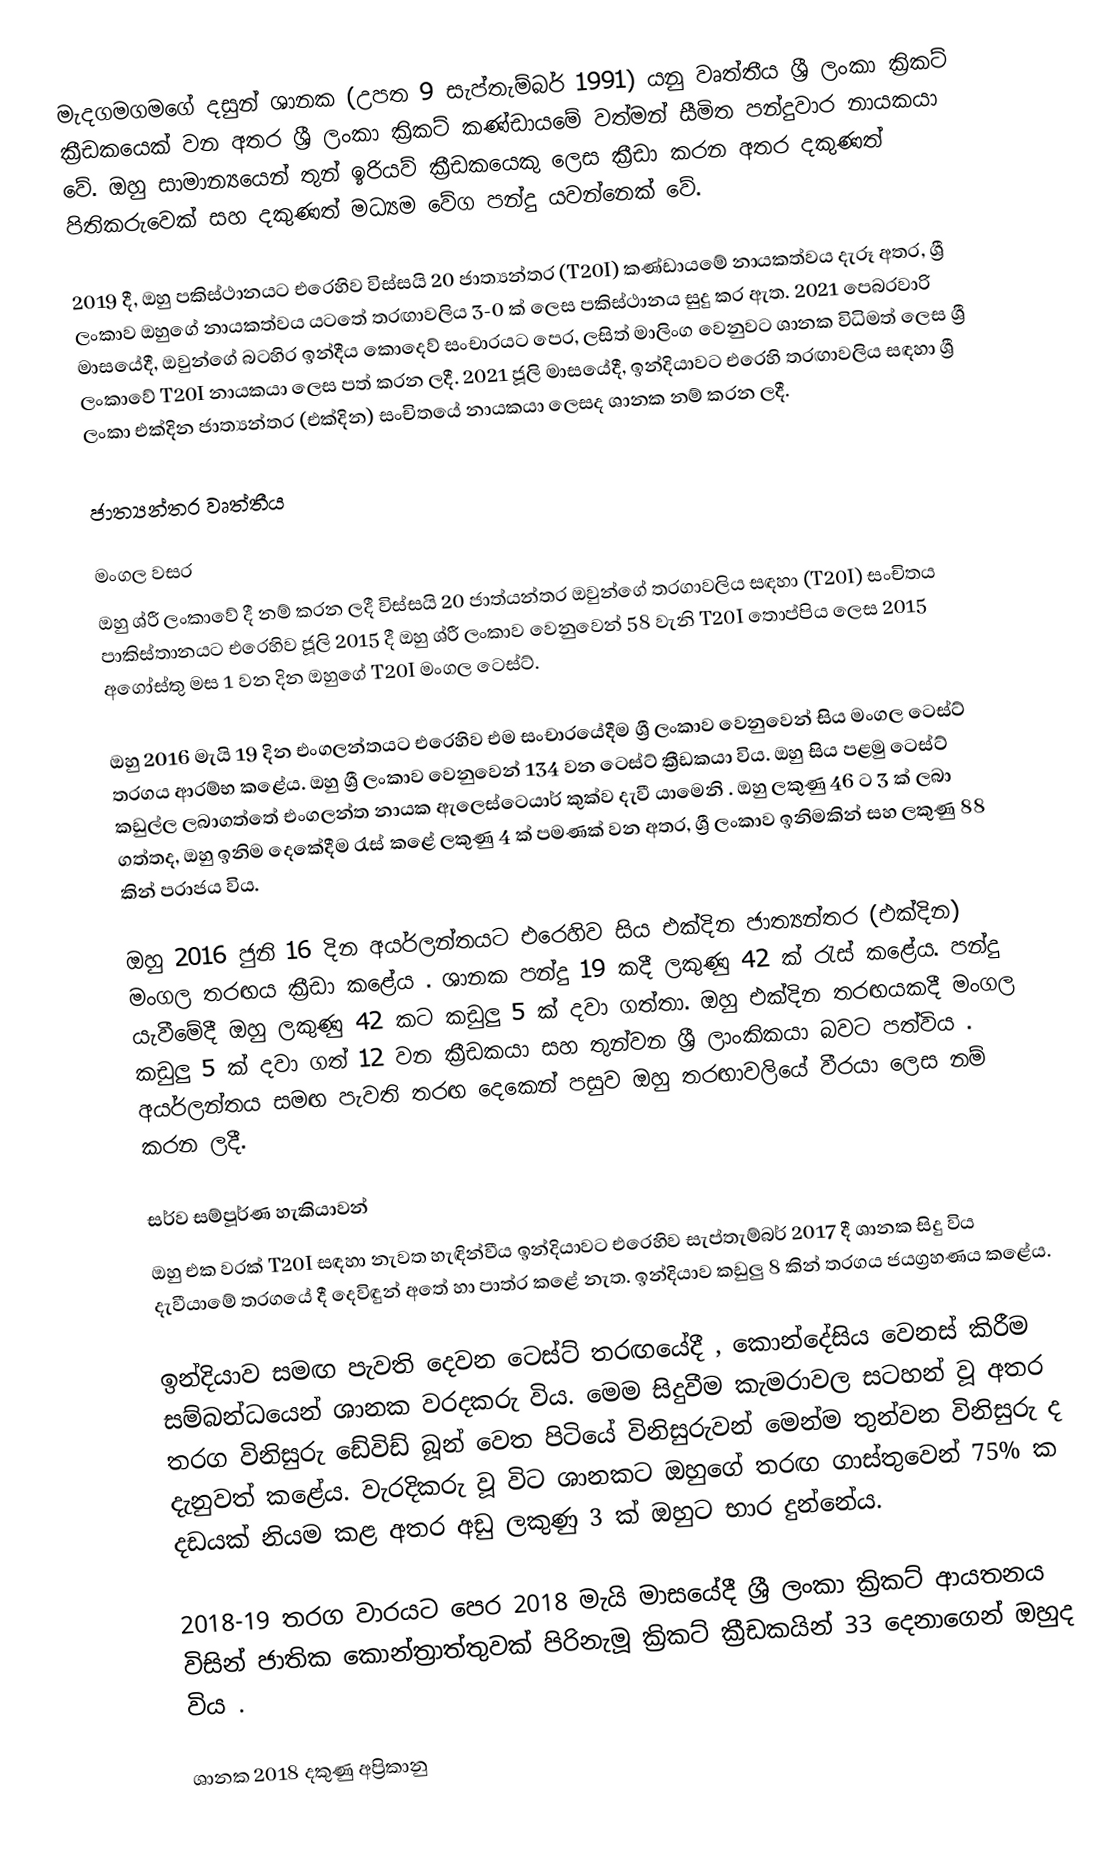
මැදගමගමගේ දසුන් ශානක (උපත 9 සැප්තැම්බර් 1991) යනු වෘත්තීය ශ්‍රී ලංකා ක්‍රිකට් ක්‍රීඩකයෙක් වන අතර ශ්‍රී ලංකා ක්‍රිකට් කණ්ඩායමේ වත්මන් සීමිත පන්දුවාර නායකයා වේ.  ඔහු සාමාන්‍යයෙන් තුන් ඉරියව් ක්‍රීඩකයෙකු ලෙස ක්‍රීඩා කරන අතර දකුණත් පිතිකරුවෙක් සහ දකුණත් මධ්‍යම වේග පන්දු යවන්නෙක් වේ.

2019 දී, ඔහු පකිස්ථානයට එරෙහිව විස්සයි 20 ජාත්‍යන්තර (T20I) කණ්ඩායමේ නායකත්වය දැරූ අතර, ශ්‍රී ලංකාව ඔහුගේ නායකත්වය යටතේ තරඟාවලිය 3-0 ක් ලෙස පකිස්ථානය සුදු කර ඇත.  2021 පෙබරවාරි මාසයේදී, ඔවුන්ගේ බටහිර ඉන්දීය කොදෙව් සංචාරයට පෙර, ලසිත් මාලිංග වෙනුවට ශානක විධිමත් ලෙස ශ්‍රී ලංකාවේ T20I නායකයා ලෙස පත් කරන ලදී.  2021 ජූලි මාසයේදී, ඉන්දියාවට එරෙහි තරඟාවලිය සඳහා ශ්‍රී ලංකා එක්දින ජාත්‍යන්තර (එක්දින) සංචිතයේ නායකයා ලෙසද ශානක නම් කරන ලදී.

ජාත්‍යන්තර වෘත්තීය

මංගල වසර
ඔහු ශ්රී ලංකාවේ දී නම් කරන ලදී විස්සයි 20 ජාත්යන්තර ඔවුන්ගේ තරගාවලිය සඳහා (T20I) සංචිතය පාකිස්තානයට එරෙහිව ජූලි 2015 දී  ඔහු ශ්රී ලංකාව වෙනුවෙන් 58 වැනි T20I තොප්පිය ලෙස 2015 අගෝස්තු මස 1 වන දින ඔහුගේ T20I මංගල ටෙස්ට්.

ඔහු 2016 මැයි 19 දින එංගලන්තයට එරෙහිව එම සංචාරයේදීම ශ්‍රී ලංකාව වෙනුවෙන් සිය මංගල ටෙස්ට් තරගය ආරම්භ කළේය.  ඔහු ශ්‍රී ලංකාව වෙනුවෙන් 134 වන ටෙස්ට් ක්‍රීඩකයා විය.  ඔහු සිය පළමු ටෙස්ට් කඩුල්ල ලබාගත්තේ එංගලන්ත නායක ඇලෙස්ටෙයාර් කුක්ව දැවී යාමෙනි . ඔහු ලකුණු 46 ට 3 ක් ලබා ගත්තද, ඔහු ඉනිම දෙකේදීම රැස් කළේ ලකුණු 4 ක් පමණක් වන අතර, ශ්‍රී ලංකාව ඉනිමකින් සහ ලකුණු 88 කින් පරාජය විය.

ඔහු 2016 ජුනි 16 දින අයර්ලන්තයට එරෙහිව සිය එක්දින ජාත්‍යන්තර (එක්දින) මංගල තරඟය ක්‍රීඩා කළේය . ශානක පන්දු 19 කදී ලකුණු 42 ක් රැස් කළේය. පන්දු යැවීමේදී ඔහු ලකුණු 42 කට කඩුලු 5 ක් දවා ගත්තා.  ඔහු එක්දින තරඟයකදී මංගල කඩුලු 5 ක් දවා ගත් 12 වන ක්‍රීඩකයා සහ තුන්වන ශ්‍රී ලාංකිකයා බවට පත්විය .  අයර්ලන්තය සමඟ පැවති තරඟ දෙකෙන් පසුව ඔහු තරඟාවලියේ වීරයා ලෙස නම් කරන ලදී.

සර්ව සම්පූර්ණ හැකියාවන්
ඔහු එක වරක් T20I සඳහා නැවත හැඳින්වීය ඉන්දියාවට එරෙහිව සැප්තැම්බර් 2017 දී  ශානක සිදු විය දැවීයාමේ තරගයේ දී දෙවිඳුන් අතේ හා පාත්ර කළේ නැත. ඉන්දියාව කඩුලු 8 කින් තරගය ජයග්‍රහණය කළේය.

ඉන්දියාව සමඟ පැවති දෙවන ටෙස්ට් තරඟයේදී , කොන්දේසිය වෙනස් කිරීම සම්බන්ධයෙන් ශානක වරදකරු විය. මෙම සිදුවීම කැමරාවල සටහන් වූ අතර තරග විනිසුරු ඩේවිඩ් බූන් වෙත පිටියේ විනිසුරුවන් මෙන්ම තුන්වන විනිසුරු ද දැනුවත් කළේය. වැරදිකරු වූ විට ශානකට ඔහුගේ තරඟ ගාස්තුවෙන් 75% ක දඩයක් නියම කළ අතර අඩු ලකුණු 3 ක් ඔහුට භාර දුන්නේය.

2018-19 තරග වාරයට පෙර 2018 මැයි මාසයේදී ශ්‍රී ලංකා ක්‍රිකට් ආයතනය විසින් ජාතික කොන්ත්‍රාත්තුවක් පිරිනැමූ ක්‍රිකට් ක්‍රීඩකයින් 33 දෙනාගෙන් ඔහුද විය .

ශානක 2018 දකුණු අප්‍රිකානු